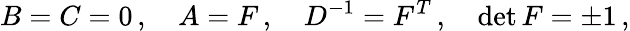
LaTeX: B=C=0\, ,\quad A=F\, ,\quad D^{-1}=F^{T}\, ,\quad\operatorname*{det}F=\pm 1\, ,